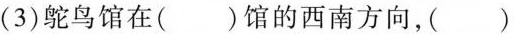
(3)鸵鸟馆在()馆的西南方向，()